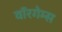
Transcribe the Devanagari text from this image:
वॉरगेम्स